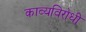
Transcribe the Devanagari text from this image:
काव्यविरोधी